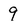
Character: 9